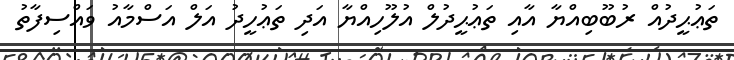
ތަޢުޙީދުއް ރުބޫބިއްޔާ އާއި ތަޢުޙީދުލް އުލޫހިއްޔާ އަދި ތަޢުހީދު އަލް އަސްމާއު ވައްސިފާތު